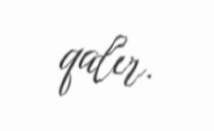
qalır.